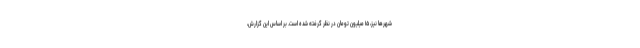
شهرها نیز،‌ ۱۵ میلیون تومان در نظر گرفته شده است. بر اساس این گزارش،